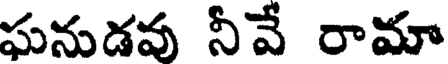
ఘనుడవు నీవే రామా